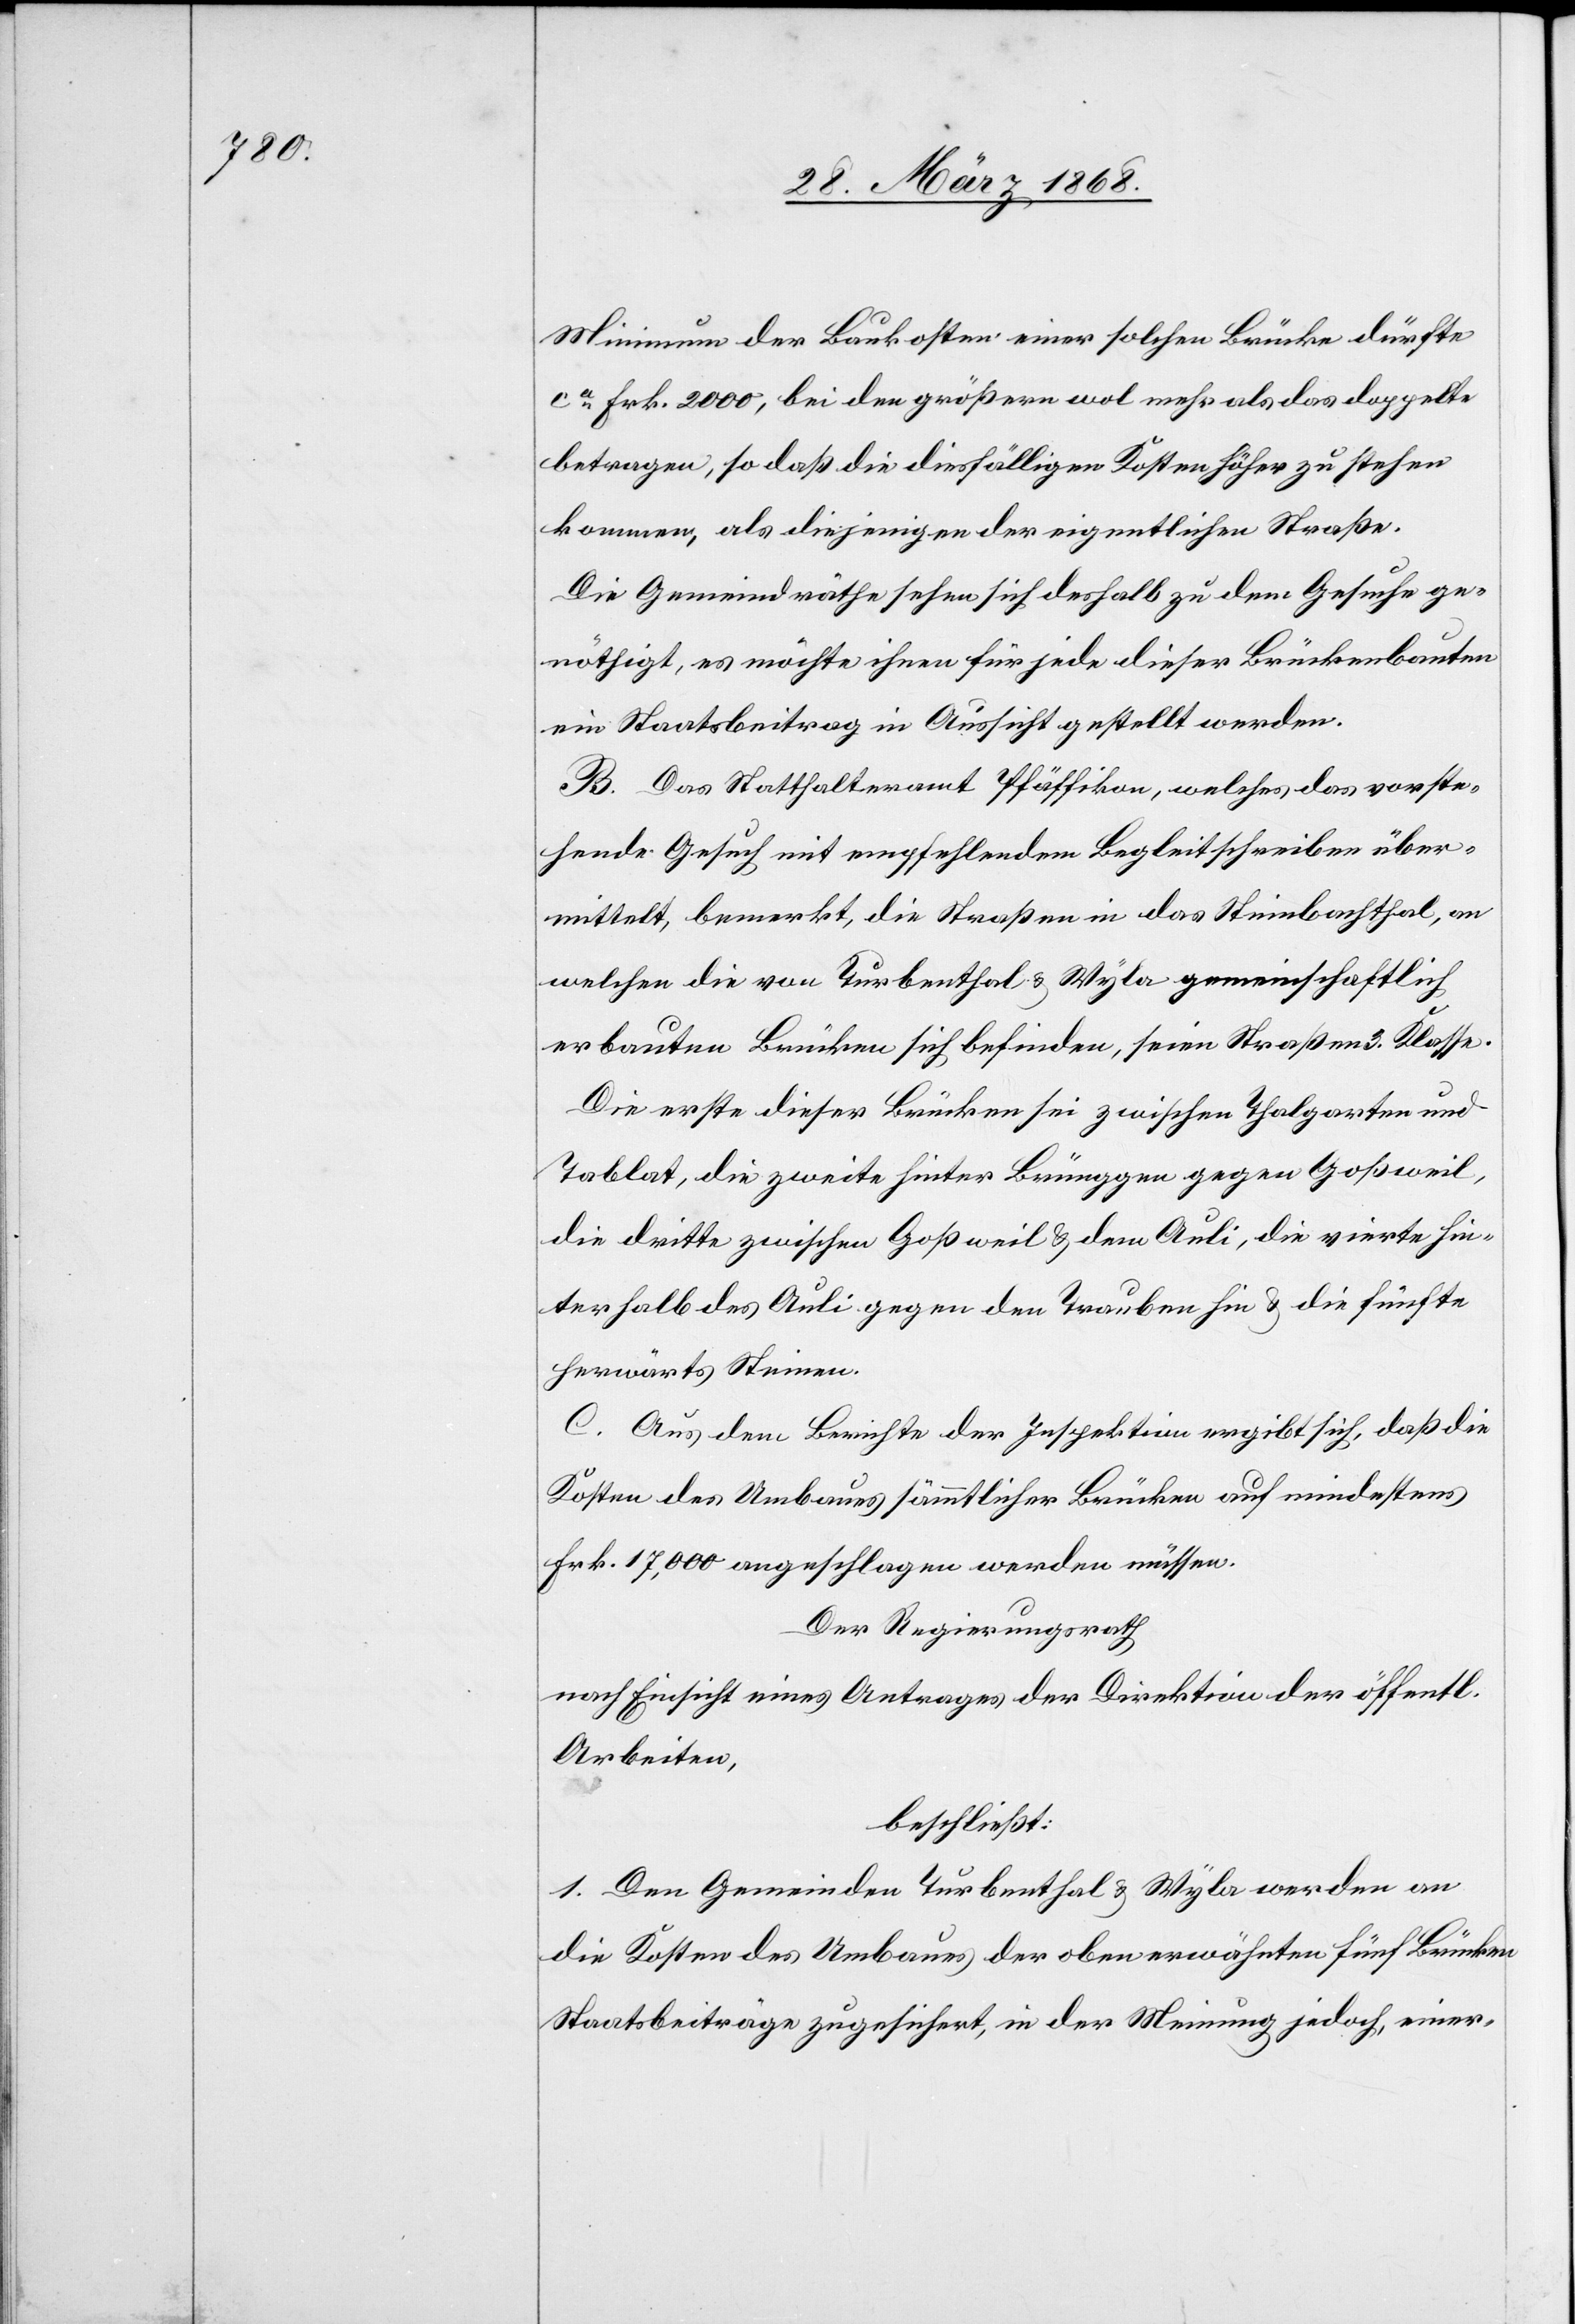
Minimum der Baukosten einer solchen Brücke dürfte
ca. Frk. 2000, bei den größern wol mehr als das doppelte
betragen, so daß die diesfälligen Kosten höher zu stehen
kommen, als diejenigen der eigentlichen Straße.
Die Gemeindräthe sehen sich deshalb zu dem Gesuche ge¬
nöthigt, es möchte ihnen für jede dieser Brückenbauten
ein Staatsbeitrag in Aussicht gestellt werden.
B. Das Statthalteramt Pfäffikon, welches das vorste¬
hende Gesuch mit empfehlendem Begleitschreiben über¬
mittelt, bemerkt, die Straßen in das Steinbachthal, an
welchen die von Turbenthal & Wyla gemeinschaftlich
erbauten Brücken sich befinden, seien Straßen 3. Klasse.
Die erste dieser Brücken sei zwischen Thalgarten und
Tablat, die zweite hinter Brünggen gegen Goßweil,
die dritte zwischen Goßweil & dem Auli, die vierte hin¬
terhalb des Auli gegen den Trauben hin & die fünfte
herwärts Steinen.
C. Aus dem Berichte der Inspektion ergibt sich, daß die
Kosten des Umbaues sämmtlicher Brücken auf mindestens
Frk. 17,000 angeschlagen werden müssen.
Der Regierungsrath,
nach Einsicht eines Antrages der Direktion der öffentl.
Arbeiten,
beschließt:
1. Den Gemeinden Turbenthal & Wyla werden an
die Kosten des Umbaues der oben erwähnten fünf Brücken
Staatsbeiträge zugesichert, in der Meinung jedoch, einer-